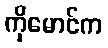
ကိုမောင်က